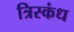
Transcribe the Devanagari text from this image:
त्रिस्कंध